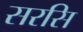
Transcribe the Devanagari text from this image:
सरसि